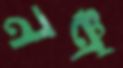
নঞ্